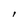
Character: l